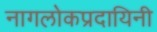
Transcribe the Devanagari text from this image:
नागलोकप्रदायिनी